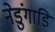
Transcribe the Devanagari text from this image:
नेडुंगाडि